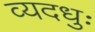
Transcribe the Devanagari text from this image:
व्यदधुः